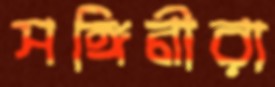
সঙ্গিনীরা